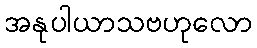
အနုပါယာသဗဟုလော